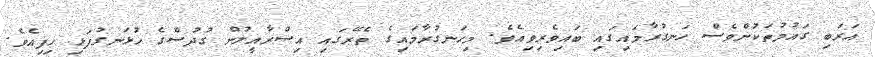
އަރަބި ގައުމުތަކުންވެސް ހަނގުރާމައިގައި ބައިވެރިވިއެވެ. މިހަނގުރާމައިގެ ތެރޭގައި އިސްރާއީލުން ގުދުސްގެ ހުޅަނގުފަޅި ހިފިއެވެ.